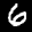
Label: 6